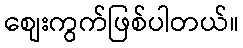
စျေးကွက်ဖြစ်ပါတယ်။